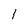
Character: l